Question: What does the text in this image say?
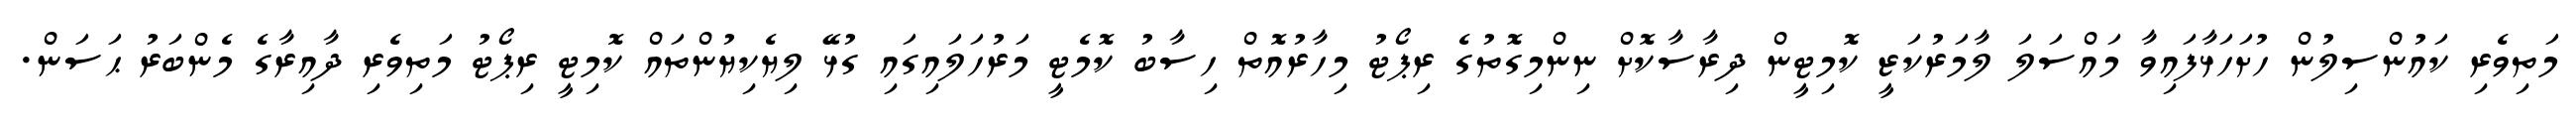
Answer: މަތިވެރި ކައުންސިލުން ހުށަހަޅާފައިވާ މައްސަލަ ލާމަރުކަޒީ ކޮމިޓީން ދިރާސާކޮށް ނިންމިގޮތުގެ ރިޕޯޓު މިހާރުއޮތް ހިސާބު ކޮމެޓީ މަރުހަލައިގައި ގުޅޭ ލިޔެކިޔުންތައް ކޮމިޓީ ރިޕޯޓު މަތިވެރި ދާއިރާގެ މެންބަރު ޙަސަން.